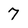
Character: 7